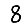
Digit: 8